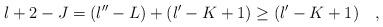
LaTeX: \begin{align*}l+2-J = (l^{\prime\prime} - L) + (l^\prime - K + 1)\geq (l^\prime -K +1) \quad,\end{align*}